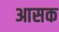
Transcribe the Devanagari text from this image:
आसक